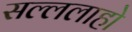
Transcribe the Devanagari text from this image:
सल्ललाहो